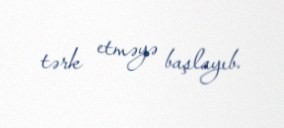
tərk etməyə başlayıb.